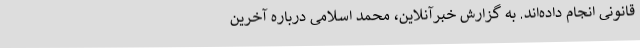
قانونی انجام داده‌اند. به گزارش خبرآنلاین، محمد اسلامی درباره آخرین